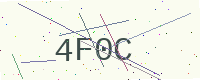
Text: 4F0C